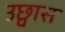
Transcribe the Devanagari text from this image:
उछ्वास